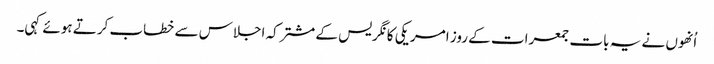
اُنھوں نے یہ بات جمعرات کے روز امریکی کانگریس کے مشترکہ اجلاس سے خطاب کرتے ہوئے کہی۔